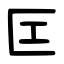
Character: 匞